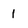
Character: 1